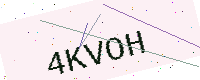
Text: 4KVOH